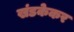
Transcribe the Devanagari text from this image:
खंडकेकर